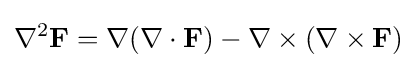
\nabla ^{2}\mathbf {F} =\nabla (\nabla \cdot \mathbf {F} )-\nabla \times (\nabla \times \mathbf {F} )